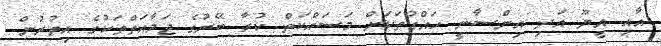
އާއި އީޔޫ އަދި އިންސާނީ ހައްގުތަކަށް މަސައްކަތް ކުރާ ބޭރުގެ ޖަމާއަތްތަކުގެ އިތުރުން